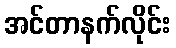
အင်တာနက်လိုင်း